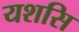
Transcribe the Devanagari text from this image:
यशसि